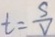
t = \frac { S } { V }